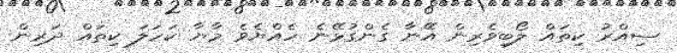
ސިއްރު ކިތައް ލޯބިވެރިން އޭނާ ގެންގުޅޭނެ ހެއްޔެވެ މާޔާ ކަހަލަ ކިތައް ދަރިން